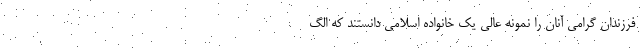
فرزندان گرامی آنان را نمونه عالی یک خانواده اسلامی دانستند که الگ